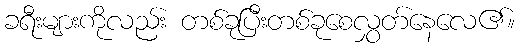
ခရီးများကိုလည်း တစ်ခုပြီးတစ်ခုစေလွှတ်နေလေ၏။